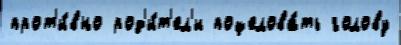
прот'и́вно род'и́т'ел'и поцелова́ть голову